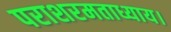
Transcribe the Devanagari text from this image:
पराशरमताध्याय।